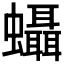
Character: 𧕩